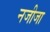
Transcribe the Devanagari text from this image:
नजीजा